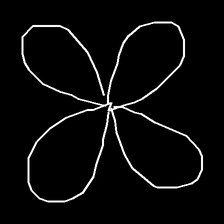
Glyph: billowing